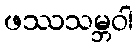
ဖဿသမ္ဘဝါ